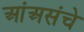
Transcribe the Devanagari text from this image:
आंअसंचे